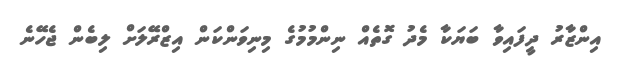
އިންޒާރު ދީފައިވާ ބަޔަކާ މެދު ގޮތެއް ނިންމުމުގެ މިނިވަންކަން އިޒްރޭލަށް ލިބެން ޖެހޭނެ